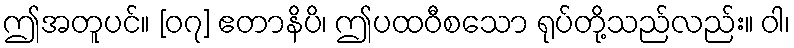
ဤအတူပင်။ [၀၇] ဧတာနိပိ၊ ဤပထဝီစသော ရုပ်တို့သည်လည်း။ ဝါ၊